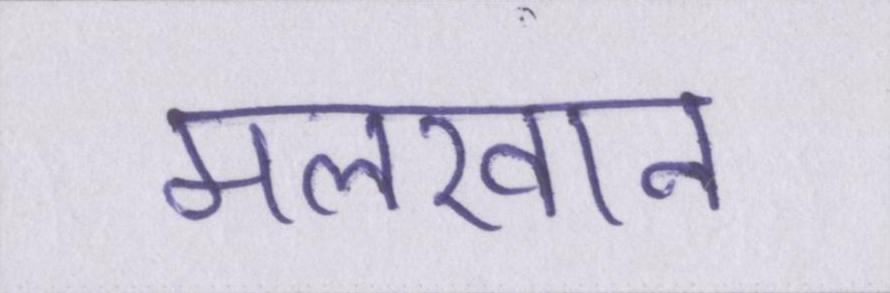
मलखान